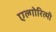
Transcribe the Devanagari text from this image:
एल्गोरित्मी